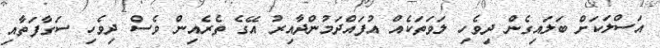
އަސްލަކަށް ބަލައިގެން ދިވެހި ލަވަތަކެއް އުފައްދަމުންދާއިރު އޭގެ ތެރެއިން ވެސް ދިވެހި ސަގާފަތާއި